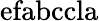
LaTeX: \mathrm{efabccla}